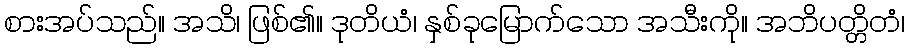
စားအပ်သည်။ အသိ၊ ဖြစ်၏။ ဒုတိယံ၊ နှစ်ခုမြောက်သော အသီးကို။ အဘိပတ္တိတံ၊